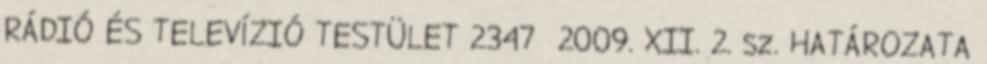
RÁDIÓ ÉS TELEVÍZIÓ TESTÜLET 2347 2009. XII. 2. sz. HATÁROZATA